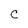
Character: C